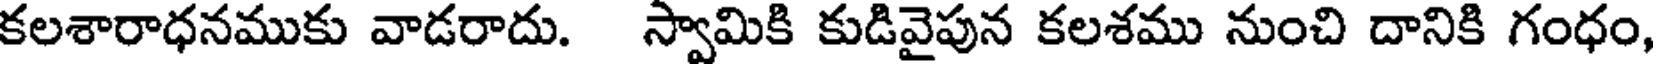
కలశారాధనముకు వాడరాదు. స్వామికి కుడివైపున కలశము నుంచి దానికి గంధం,